Civil Veterinary Dept. Bombay admin report 1907-1913 - 1907-1913
Year: 1907
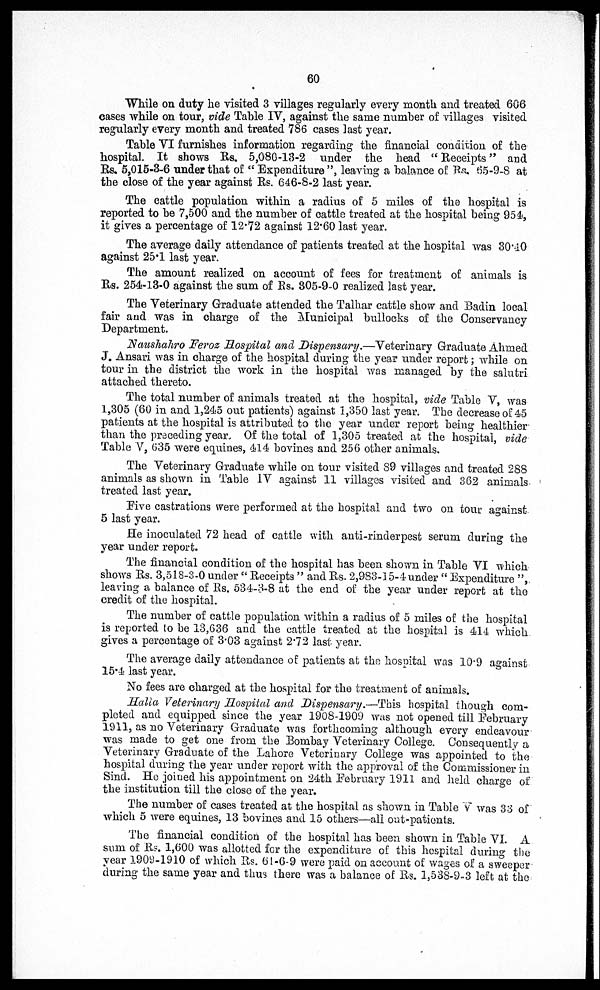
60
While on duty he visited 3 villages regularly every month and treated 606
cases while on tour, vide Table IV, against the same number of villages visited
regularly every month and treated 786 cases last year.
Table VI furnishes information regarding the financial condition of the
hospital. It shows Rs. 5,080-13-2 under the head " Receipts" and
Rs. 5,015-3-6 under that of " Expenditure", leaving a balance of Rs. 65-9-8 at
the close of the year against Rs. 646-8-2 last year.
The cattle population within a radius of 5 miles of the hospital is
reported to he 7,500 and the number of cattle treated at the hospital being 95 4,
it gives a percentage of 12.72 against 12.60 last year.
The average daily attendance of patients treated at the hospital was 30.40
against 25.1 last year.
The amount realized on account of fees for treatment of animals is
Rs. 254-13-0 against the sum of Rs. 305-9-0 realized last year.
The Veterinary Graduate attended the Talhar cattle show and Badin local
fair and was in charge of the Municipal bullocks of the Conservancy
Department.
Naushahro Feroz Hospital and Dispensary.—Veterinary Graduate Ahmed
J. Ansari was in charge of the hospital during the year under report; while on
tour in the district the work in the hospital was managed by the salutri
attached thereto.
The total number of animals treated at the hospital, vide Table V, was
1,305 (60 in and 1,245 out patients) against 1,350 last year. The decrease of 45
patients at the hospital is attributed to the year under report being healthier
than the preceding year Of the total of 1,305 treated at the hospital, vide
Table V, 635 were equines, 414 bovines and 256 other animals.
The Veterinary Graduate while on tour visited S9 villages and treated 288
animals as shown in Table IV against 11 villages visited and 362 animals
treated last year.
Five castrations were performed at the hospital and two on tour against
5 last year.
He inoculated 72 head of cattle with anti-rinderpest serum during the
year under report.
The financial condition of the hospital has been shown in Table VI which
shows Rs. 3,518-3-0 under " Receipts " and Rs. 2,983-15-4 under " Expenditure ",
leaving a balance of Rs. 534-3-8 at the end of the year under report at the
credit of the hospital.
The number of cattle population within a radius of 5 miles of the hospital
is reported to be 13,636 and the cattle treated at the hospital is 414 which
gives a percentage of 3.03 against 2.72 last year.
The average daily attendance of patients at the hospital was 10.9 against
15.4 last year.
No fees are charged at the hospital for the treatment of animals.
Halla Veterinary Hospital and Dispensary.—This hospital though com-
pleted and equipped since the year 1908-1909 was not opened till February
1911, as no Veterinary Graduate was forthcoming although every endeavour
was made to get one from the Bombay Veterinary College. Consequently a
Veterinary Graduate of the Lahore Veterinary College was appointed to the
hospital during the year under report with the approval of the Commissioner in
Sind. Ho joined his appointment on 24th February 1911 and held charge of
the institution till the close of the year.
The number of cases treated at the hospital as shown in Table V was 33 of
which 5 were equines, 13 bovines and 15 others—all out-patients.
The financial condition of the hospital has been shown in Table VI. A
sum of Rs. 1,600 was allotted for the expenditure of this hospital during the
year 1909-1910 of which Rs. 61-6-9 were paid on account of wages of a sweeper
during the same year and thus there was a balance of Rs. 1,538-9-3 left at the